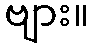
ဗျား။